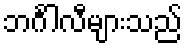
ဘင်္ဂါလီများသည်